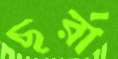
ছর্‌রা